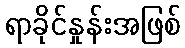
ရာခိုင်နှုန်းအဖြစ်